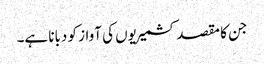
جن کا مقصد کشمیریوں کی آواز کو دبانا ہے۔